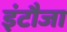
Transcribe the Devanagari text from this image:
इंटौजा